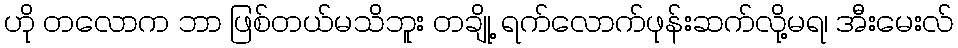
ဟို တလောက ဘာ ဖြစ်တယ်မသိဘူး တချို့ ရက်လောက်ဖုန်းဆက်လို့မရ၊ အီးမေးလ်